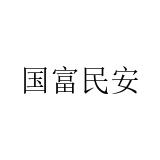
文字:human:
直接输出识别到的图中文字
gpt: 国富民安